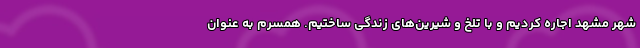
شهر مشهد اجاره کردیم و با تلخ و شیرین‌های زندگی ساختیم. همسرم به عنوان